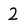
Character: 2